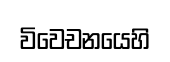
විවෙචනයෙහි